Leaving Certificate Examination, 1904
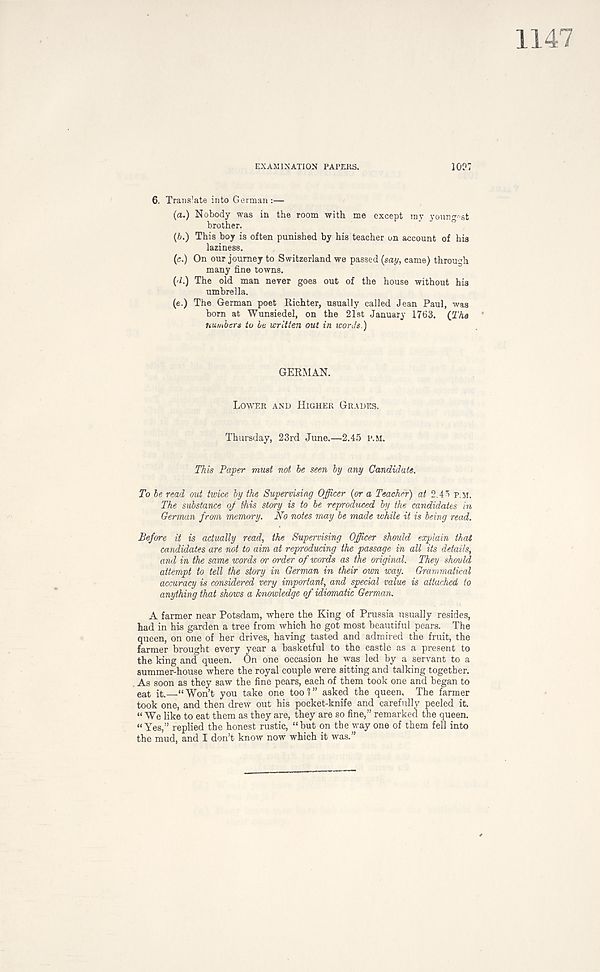
EXAMINATION PAPEKS.
1007
6. Trans'ate into German :—
(a.) Nobody was in the room with me except my youngest
brother.
(fe.) This boy is often punished by his teacher on account of his
laziness.
(c.) On our journey to Switzerland we passed (say, came) through
many fine towns.
(•I.) The old man never goes out of the house without his
umbrella.
(e.) The German poet Richter, usually called Jean Paul, was
born at Wunaiedel, on the 21st January 1763. (2’Aa
numbers to It written out in words.)
GERMAN.
Lower and Higher Grades.
Thursday, 23rd June.—2.45 p.m.
This Paper must not be seen by any Candidate.
To be read out twice by the Supervising Officer (or a Teacher) at 2.45 p.m.
The substance oj this story is to be reproduced by the candidates in
German from memory. No notes may be made while it is being read.
Before it is actually read, the Supervising Officer should explain that
candidates are not to aim at reproducing the passage in all its details,
and in the same words or order of words as the original. They should
attempt to tell the story in German in their own way. Grammatical
accuracy is considered very important, and special value is attached to
anything that shows a knowledge of idiomatic German.
A farmer near Potsdam, where the King of Prussia usually resides,
had in his garden a tree from which he got most beautiful pears. The
queen, on one of her drives, having tasted and admired the fruit, the
farmer brought every year a basketful to the castle as a present to
the king and queen. On one occasion he was led by a servant to a
summer-house where the royal couple were sitting and talking together.
As soon as they saw the fine pears, each of them took one and began to
eat it.—“Won’t you take one too?” asked the queen, The farmer
took one, and then drew out his pocket-knife and carefully peeled it.
“ We like to eat them as they are, they are so fine,” remarked the queen.
“Yes,” replied the honest rustic, “but on the way one of them fell into